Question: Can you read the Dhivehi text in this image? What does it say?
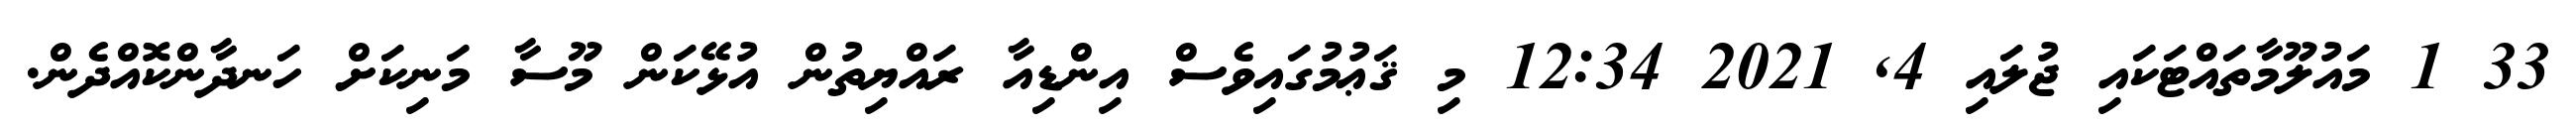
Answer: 33 1 މައުލޫމާތައްޓަކައި ޖުލައި 4, 2021 12:34 މި ޤަޢުމުގައިވެސް އިންޑިއާ ރައްޔިތުން އުޅޭކަން މޫސާ މަނިކަށް ހަނދާންކޮއްދެން.